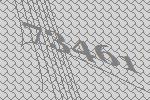
73461